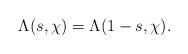
\begin{align*} \Lambda(s, \chi) = \Lambda(1-s, \chi).\end{align*}